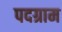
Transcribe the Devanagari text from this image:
पदग्राम